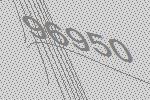
96950